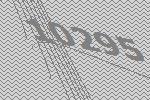
10295